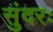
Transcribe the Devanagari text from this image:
सुंदरः